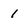
Character: 1